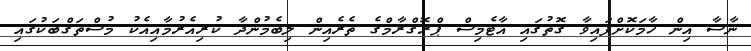
ނާސާ އިން ހާމަކޮށްފައިވާ ގޮތުގައި އާޓެމިސް ޕްރޮގްރާމްގެ ތެރެއިން ލިބެމުންދާ ކުރިއެރުމާއިއެކު މުސްތަގްބަކުގައި